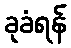
ခုခံရန်